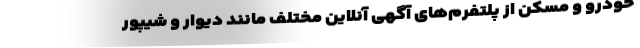
خودرو و مسکن از پلتفرم‌های آگهی آنلاین مختلف مانند دیوار و شیپور